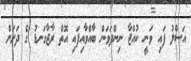
އަސްލު ފައި ވަނީ ކުއްޖާ ނިންދަވަން ބާއްވާއިފައި އޮތް ރާޖާގަނޑު ގެ ދަށަށް